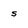
Character: s